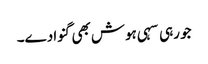
جو رہی سہی ہوش بھی گنوا دے۔